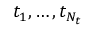
t _ { 1 } , \ldots , t _ { N _ { t } }